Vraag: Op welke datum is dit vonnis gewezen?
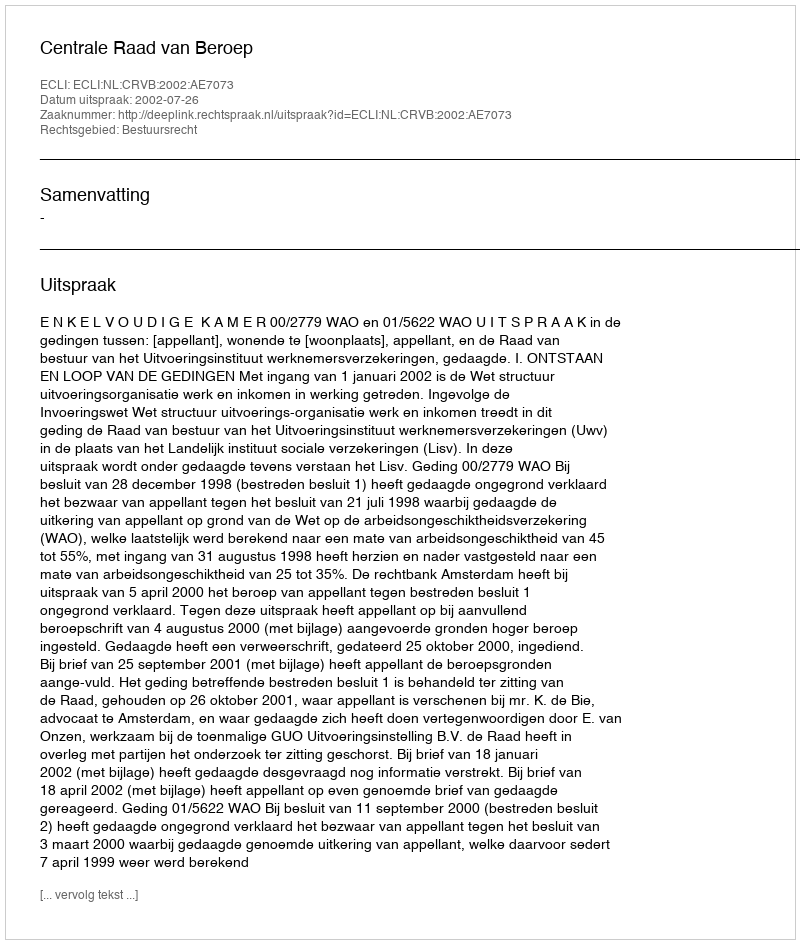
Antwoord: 2002-07-26